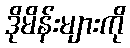
ဒိုမိန်းများကို